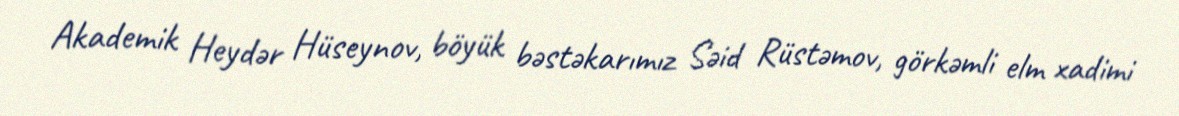
Akademik Heydər Hüseynov, böyük bəstəkarımız Səid Rüstəmov, görkəmli elm xadimi